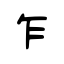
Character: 乍